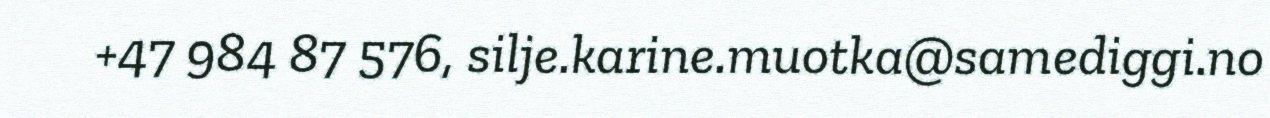
+47 984 87 576, silje.karine.muotka@samediggi.no